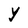
Character: Y